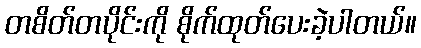
တစိတ်တပိုင်းကို စိုက်ထုတ်ပေးခဲ့ပါတယ်။